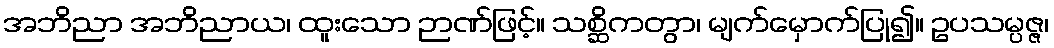
အဘိညာ အဘိညာယ၊ ထူးသော ဉာဏ်ဖြင့်။ သစ္ဆိကတွာ၊ မျက်မှောက်ပြု၍။ ဥပသမ္ပဇ္ဇ၊